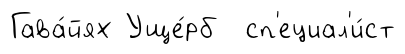
Гава́йях Уще́рб сп'ециал'и́ст